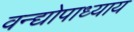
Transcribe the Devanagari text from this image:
वन्द्योपाध्याय